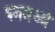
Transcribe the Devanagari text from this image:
पगमध्ये